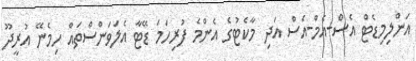
އަންލިމިޑެޓް އެސް-އެމް-އެސް އަދި މާކެޓުގެ އެންމެ ފުރިހަމަ ޑޭޓާ އެލަވަންސްތައް ހިމެނޭ އުރީދޫ